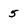
Character: 5